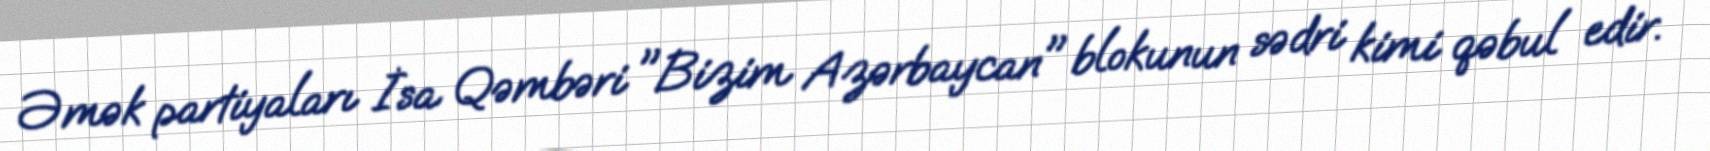
Əmək partiyaları İsa Qəmbəri "Bizim Azərbaycan" blokunun sədri kimi qəbul edir.